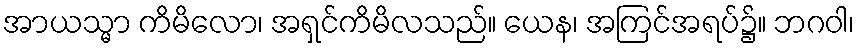
အာယသ္မာ ကိမိလော၊ အရှင်ကိမိလသည်။ ယေန၊ အကြင်အရပ်၌။ ဘဂဝါ၊